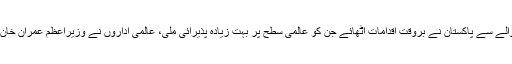
یاد رہے کہ کرونا وائرس کے حوالے سے پاکستان نے بروقت اقدامات اٹھائے جن کو عالمی سطح پر بہت زیادہ پذیرائی ملی، عالمی اداروں نے وزیراعظم عمران خان کے تمام اقدامات کی تعریف کی۔